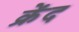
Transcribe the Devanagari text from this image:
क्रेंद